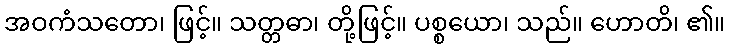
အဝကံသတော၊ ဖြင့်။ သတ္တဓာ၊ တို့ဖြင့်။ ပစ္စယော၊ သည်။ ဟောတိ၊ ၏။